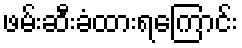
ဖမ်းဆီးခံထားရကြောင်း